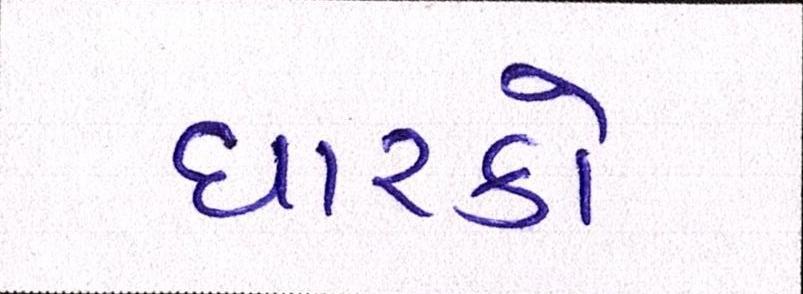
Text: ધારકો